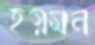
হয়মন